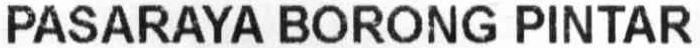
PASARAYA BORONG PINTAR